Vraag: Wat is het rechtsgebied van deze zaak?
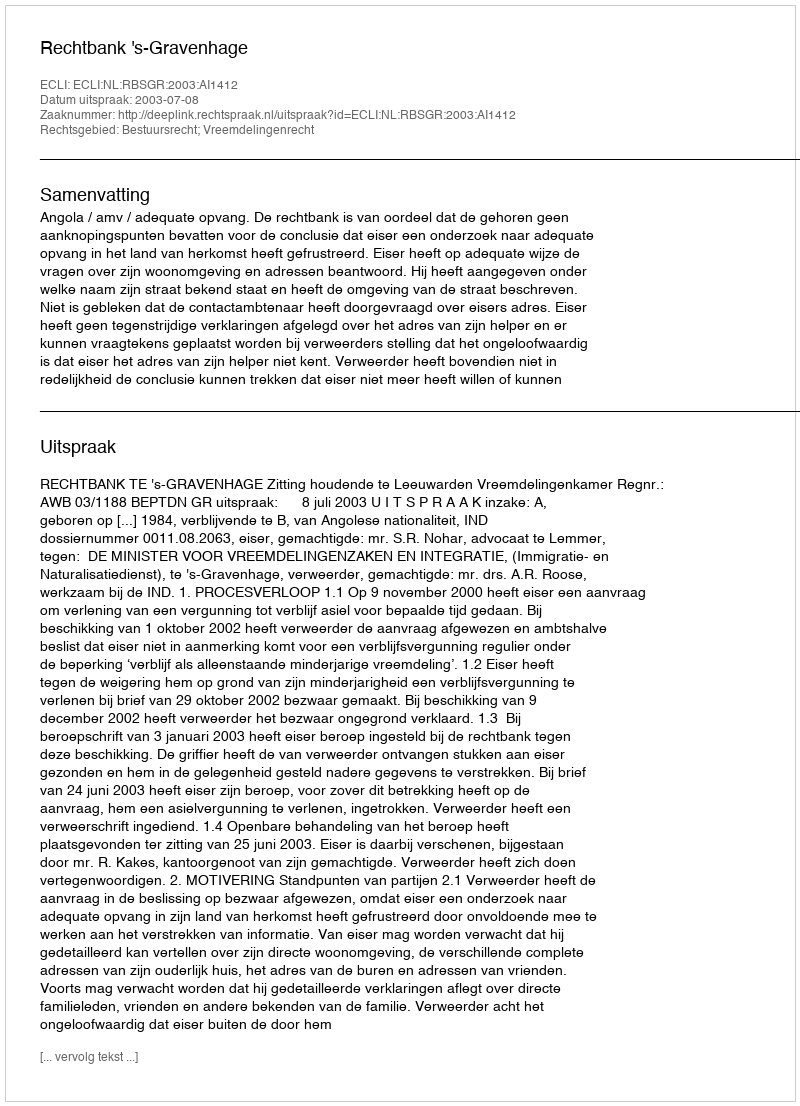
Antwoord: Bestuursrecht; Vreemdelingenrecht